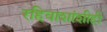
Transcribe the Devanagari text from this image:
रहिवाशांशीही